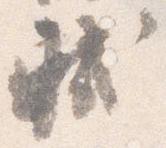
軾